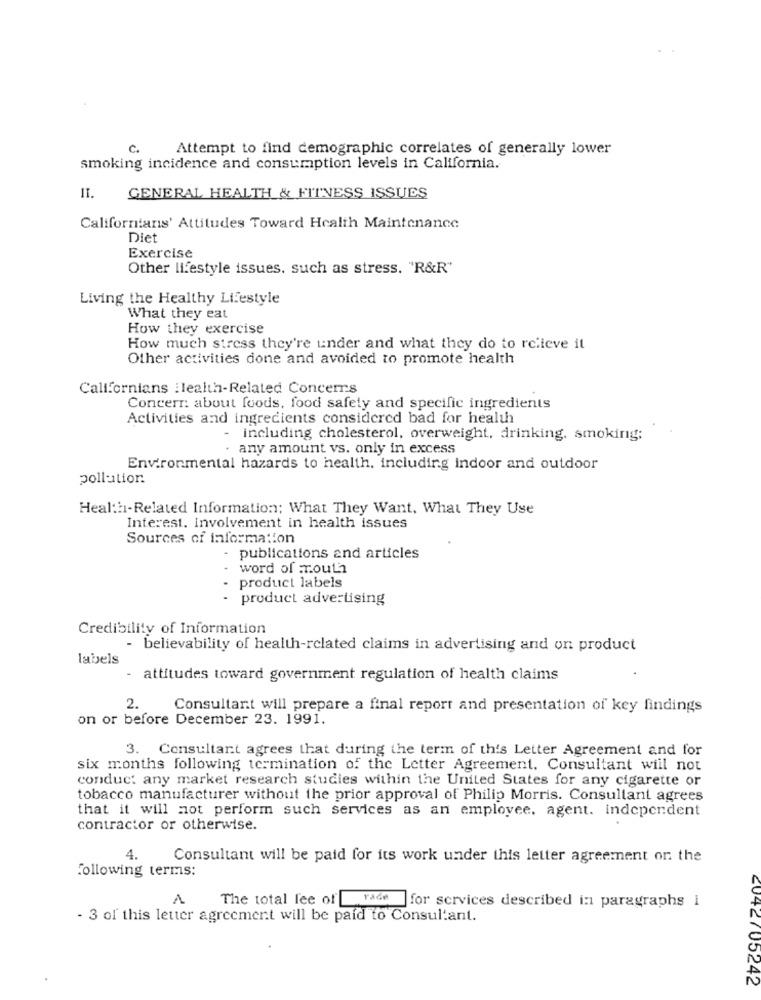
c.
Attempt to find demographic correlates of generally lower
smoking incidence and consumption levels in California.
11.
GENERAL HEALTH & FITNESS ISSUES
Californians' Attitudes Toward Health Maintenance
Diet
Exercise
Other lifestyle issues, such as stress. "R&R"
Living the Healthy Lifestyle
What they eat
How they exercise
How much stress they're under and what they do to relieve it
Other activities done and avoided to promote health
Californians :lealth-Related Concerns
Concerr: about foods, food safety and specific ingredients
Activities and ingredients considered bad for health
- including cholesterol, overweight, drinking. smoking;
· any amount vs. only in excess
Environmental hazards to health, including indoor and outdoor
pollution.
Health-Related Information; What They Want, What They Use
Interest. Involvement in health issues
Sources of information
.
publications and articles
.
word of mouth
product labels
.
..
product advertising
Credibility of Information
- believability of health-related claims in advertising and on product
labels
- attitudes toward government regulation of health claims
2.
Consultant will prepare a final report and presentation of key findings
on or before December 23. 1991.
3. Consultant agrees that during the term of this Letter Agreement and for
six months following termination of the Letter Agreement. Consultant will not
conduct any market research studies within the United States for any cigarette or
tobacco manufacturer without the prior approval of Philip Morris. Consultant agrees
that it will not perform such services as an employee, agent. independent
contractor or otherwise.
4.
Consultant will be paid for its work under this letter agreement on the
Following terms:
A
The total fee of race for services described in paragraphs i
- 3 of this letter agreement will be paid to Consultant.
2042705242